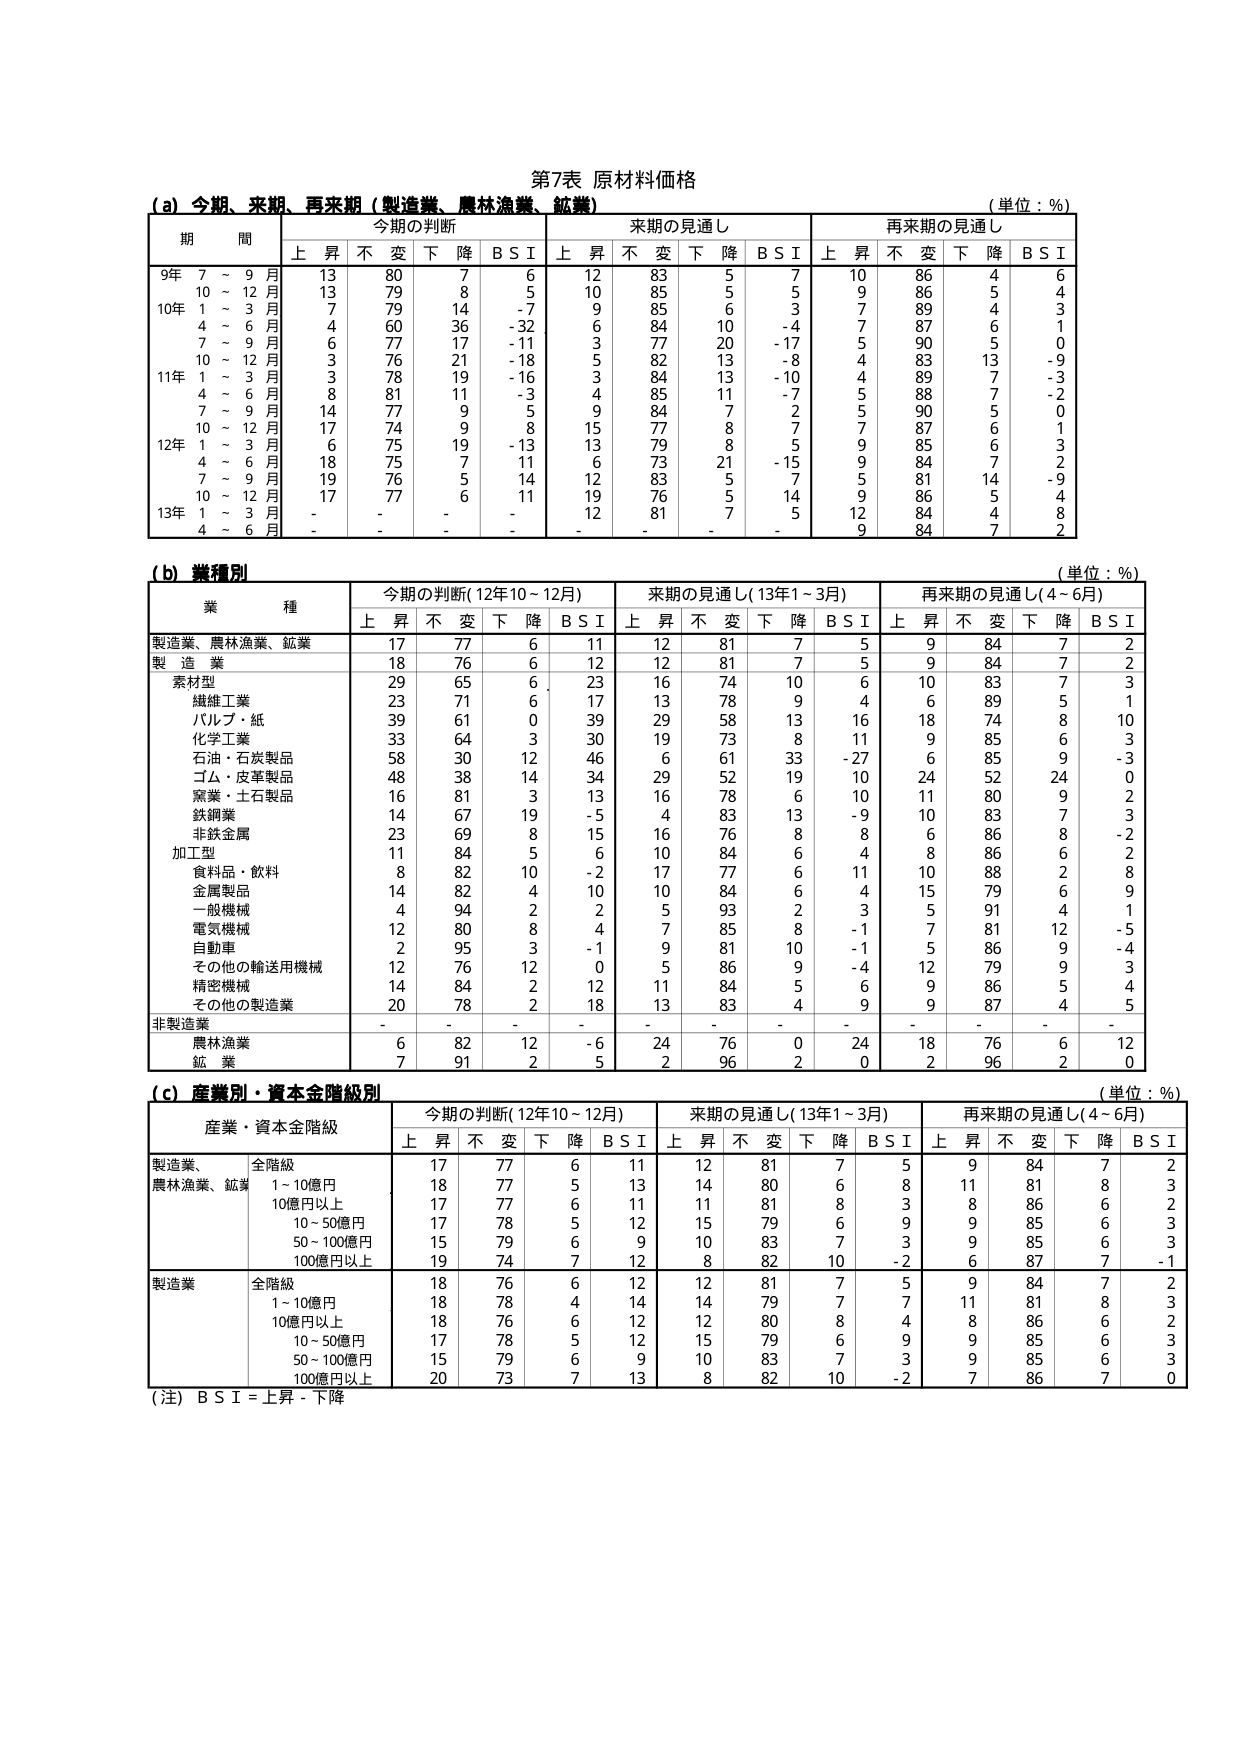
第7表 原材料価格

(a) 今期、来期、再来期（製造業、農林漁業、鉱業）
（単位：％）

期 間 | 今期の判断 | 来期の見通し | 再来期の見通し
--- | --- | --- | ---
 | 上昇 | 不変 | 下降 | B S I | 上昇 | 不変 | 下降 | B S I | 上昇 | 不変 | 下降 | B S I
9年 7～9月 | 13 | 80 | 7 | 6 | 12 | 83 | 5 | 7 | 10 | 86 | 4 | 6
10～12月 | 13 | 79 | 8 | 5 | 10 | 85 | 5 | 5 | 9 | 86 | 5 | 4
10年 1～3月 | 7 | 79 | 14 | -7 | 9 | 85 | 6 | 3 | 7 | 89 | 4 | 3
4～6月 | 4 | 60 | 36 | -32 | 6 | 84 | 10 | -4 | 7 | 87 | 6 | 1
7～9月 | 6 | 77 | 17 | -11 | 3 | 77 | 20 | -17 | 5 | 90 | 5 | 0
10～12月 | 3 | 76 | 21 | -18 | 5 | 82 | 13 | -8 | 4 | 83 | 13 | -9
11年 1～3月 | 3 | 78 | 19 | -16 | 3 | 84 | 13 | -10 | 4 | 89 | 7 | -3
4～6月 | 8 | 81 | 11 | -3 | 4 | 85 | 11 | -7 | 5 | 88 | 7 | -2
7～9月 | 14 | 77 | 9 | 5 | 9 | 84 | 7 | 2 | 5 | 90 | 5 | 0
10～12月 | 17 | 74 | 9 | 8 | 15 | 77 | 8 | 7 | 7 | 87 | 6 | 1
12年 1～3月 | 6 | 75 | 19 | -13 | 13 | 79 | 8 | 5 | 9 | 85 | 6 | 3
4～6月 | 18 | 75 | 7 | 11 | 6 | 73 | 21 | -15 | 9 | 84 | 7 | 2
7～9月 | 19 | 76 | 5 | 14 | 12 | 83 | 5 | 7 | 5 | 81 | 14 | -9
10～12月 | 17 | 77 | 6 | 11 | 19 | 76 | 5 | 14 | 9 | 86 | 5 | 4
13年 1～3月 | - | - | - | - | 12 | 81 | - | 5 | 12 | 84 | 4 | 8
4～6月 | - | - | - | - | - | - | - | - | 9 | 84 | 7 | 2

(b) 業種別
（単位：％）

業 種 | 今期の判断(12年10～12月) | 来期の見通し(13年1～3月) | 再来期の見通し(4～6月)
--- | --- | --- | ---
 | 上昇 | 不変 | 下降 | B S I | 上昇 | 不変 | 下降 | B S I | 上昇 | 不変 | 下降 | B S I
製造業、農林漁業、鉱業 | 17 | 77 | 6 | 11 | 12 | 81 | 7 | 5 | 9 | 84 | 7 | 2
製 造 業 | 18 | 76 | 6 | 12 | 12 | 81 | 7 | 5 | 9 | 84 | 7 | 2
　素材型 | 29 | 65 | 6 | 23 | 16 | 74 | 10 | 6 | 10 | 83 | 7 | 3
　　繊維工業 | 23 | 71 | 6 | 17 | 13 | 78 | 9 | 4 | 6 | 89 | 5 | 1
　　パルプ・紙 | 39 | 61 | 0 | 39 | 29 | 58 | 13 | 16 | 18 | 74 | 8 | 10
　　化学工業 | 33 | 64 | 3 | 30 | 19 | 73 | 8 | 11 | 9 | 85 | 6 | 3
　　石油・石炭製品 | 58 | 30 | 12 | 46 | 6 | 61 | 33 | -27 | 6 | 85 | 9 | -3
　　ゴム・皮革製品 | 48 | 38 | 14 | 34 | 29 | 52 | 19 | 10 | 24 | 52 | 24 | 0
　　窯業・土石製品 | 16 | 81 | 3 | 13 | 16 | 78 | 6 | 10 | 11 | 80 | 9 | 2
　　鉄鋼業 | 14 | 67 | 19 | -5 | 4 | 83 | 13 | -9 | 10 | 83 | 7 | 3
　　非鉄金属 | 23 | 69 | 8 | 15 | 16 | 76 | 8 | 8 | 6 | 86 | 8 | -2
　加工型 | 11 | 84 | 5 | 6 | 10 | 84 | 6 | 4 | 8 | 86 | 6 | 2
　　食料品・飲料 | 8 | 82 | 10 | -2 | 17 | 77 | 6 | 11 | 10 | 88 | 2 | 8
　　金属製品 | 14 | 82 | 4 | 10 | 10 | 84 | 6 | 4 | 15 | 79 | 6 | 9
　　一般機械 | 4 | 94 | 2 | 2 | 5 | 93 | 2 | 3 | 5 | 91 | 4 | 1
　　電気機械 | 12 | 80 | 8 | 4 | 7 | 85 | 8 | -1 | 7 | 81 | 12 | -5
　　自動車 | 2 | 95 | 3 | -1 | 9 | 81 | 10 | -1 | 5 | 86 | 9 | -4
　　その他の輸送用機械 | 12 | 76 | 12 | 0 | 5 | 86 | 9 | -4 | 12 | 79 | 9 | 3
　　精密機械 | 14 | 84 | 2 | 12 | 11 | 84 | 5 | 6 | 9 | 86 | 5 | 4
　　その他の製造業 | 20 | 78 | 2 | 18 | 13 | 83 | 4 | 9 | 9 | 87 | 4 | 5
非製造業 | - | - | - | - | - | - | - | - | - | - | - | -
　農林漁業 | 6 | 82 | 12 | -6 | 24 | 76 | 0 | 24 | 18 | 76 | 6 | 12
　鉱 業 | 7 | 91 | 2 | 5 | 2 | 96 | 2 | 0 | 2 | 96 | 2 | 0

(c) 産業別・資本金階級別
（単位：％）

産業・資本金階級 | 今期の判断(12年10～12月) | 来期の見通し(13年1～3月) | 再来期の見通し(4～6月)
--- | --- | --- | ---
 | 上昇 | 不変 | 下降 | B S I | 上昇 | 不変 | 下降 | B S I | 上昇 | 不変 | 下降 | B S I
製造業、農林漁業、鉱業 | 全階級 | 17 | 77 | 6 | 11 | 12 | 81 | 7 | 5 | 9 | 84 | 7 | 2
 | 1～10億円 | 18 | 77 | 5 | 13 | 14 | 80 | 6 | 8 | 11 | 81 | 8 | 3
 | 10億円以上 | 17 | 77 | 6 | 11 | 11 | 81 | 8 | 3 | 8 | 86 | 6 | 2
 | 10～50億円 | 17 | 78 | 5 | 12 | 15 | 79 | 6 | 9 | 9 | 85 | 6 | 3
 | 50～100億円 | 15 | 79 | 6 | 9 | 10 | 83 | 7 | 3 | 9 | 85 | 6 | 3
 | 100億円以上 | 19 | 74 | 7 | 12 | 8 | 82 | 10 | -2 | 6 | 87 | 7 | -1
製造業 | 全階級 | 18 | 76 | 6 | 12 | 12 | 81 | 7 | 5 | 9 | 84 | 7 | 2
 | 1～10億円 | 18 | 78 | 4 | 14 | 14 | 79 | 7 | 7 | 11 | 81 | 8 | 3
 | 10億円以上 | 18 | 76 | 6 | 12 | 12 | 80 | 8 | 4 | 8 | 86 | 6 | 2
 | 10～50億円 | 17 | 78 | 5 | 12 | 15 | 79 | 6 | 9 | 9 | 85 | 6 | 3
 | 50～100億円 | 15 | 79 | 6 | 9 | 10 | 83 | 7 | 3 | 9 | 85 | 6 | 3
 | 100億円以上 | 20 | 73 | 7 | 13 | 8 | 82 | 10 | -2 | 7 | 86 | 7 | 0

（注）B S I = 上昇 - 下降